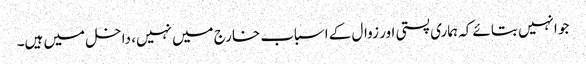
جو انہیں بتائے کہ ہماری پستی اور زوال کے اسباب خارج میں نہیں، داخل میں ہیں۔